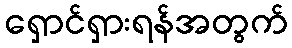
ရှောင်ရှားရန်အတွက်